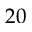
2 0